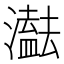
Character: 𤂠